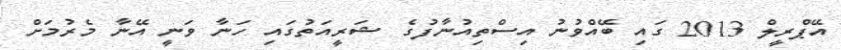
އޭޕްރީލް 2013 ގައި ބޭއްވުނު އިސްތިއުނާފުގެ ޝަރީއަތުގައި ހަނާ ވަނީ އޭނާ މެރުމަށް